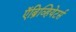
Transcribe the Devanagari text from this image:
ऍब्रिव्हियेटर्स